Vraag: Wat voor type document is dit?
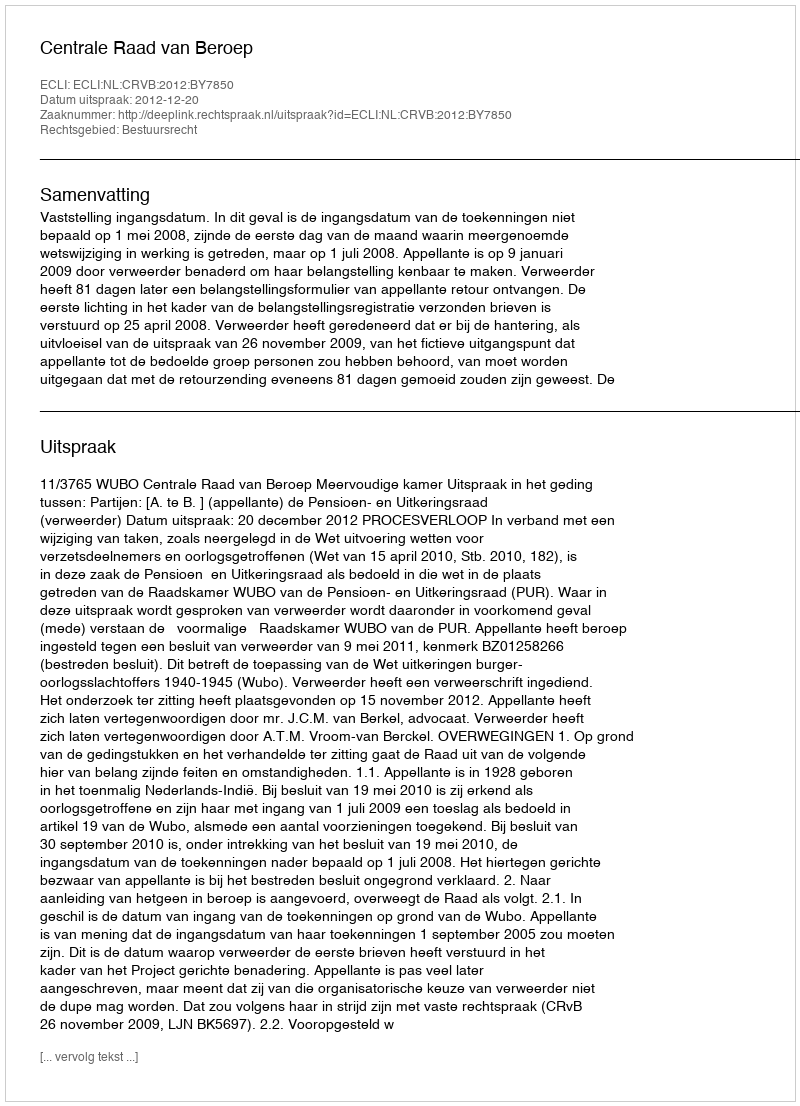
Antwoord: Uitspraak